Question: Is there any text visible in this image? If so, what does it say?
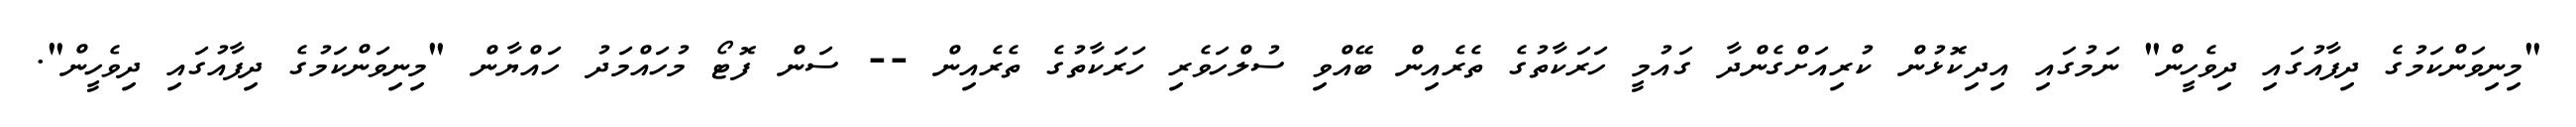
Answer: "މިނިވަންކަމުގެ ދިފާއުގައި ދިވެހީން" ނަމުގައި އިދިކޮޅުން ކުރިއަށްގެންދާ ގައުމީ ހަރަކާތުގެ ތެރެއިން ބޭއްވި ސުލްހަވެރި ހަރަކާތުގެ ތެރެއިން -- ސަން ފޮޓޯ މުހައްމަދު ހައްޔާން "މިނިވަންކަމުގެ ދިފާއުގައި ދިވެހީން".